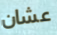
عشان